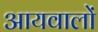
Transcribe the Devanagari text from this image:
आयवालों